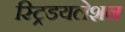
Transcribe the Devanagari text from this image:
स्ट्रिडयलेशन